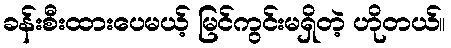
ခန်းစီးထားပေမယ့် မြင်ကွင်းမရှိတဲ့ ဟိုတယ်။